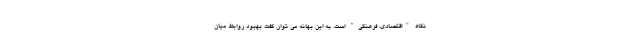
نگاه "اقتصادی، فرهنگی" است. به این بهانه می توان گفت بهبود روابط میان